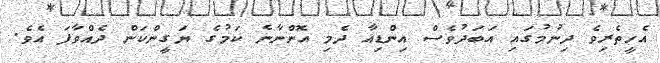
އެހީތެރިވެ ދިނުމުގައި އަބަދުވެސް އިންޑިއާ ދެމި އޮންނާނެ ކަމުގެ ޔަގީންކަން ދެއްވާފަ އެވެ.